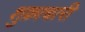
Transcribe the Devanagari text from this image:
शुक्राचारी